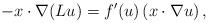
LaTeX: \begin{align*}- x \cdot \nabla ( Lu ) = f'(u) \left (x \cdot \nabla u\right ),\end{align*}